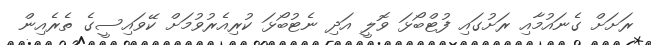
ރަށަށް ގެނައުމާއި ރަށުގައި ފުޓްބޯޅަ ވޮލީ އަދި ނެޓުބޯޅަ ކުރިއެރުވުމަށް ކޭވައިސީގެ ތެރެއިން